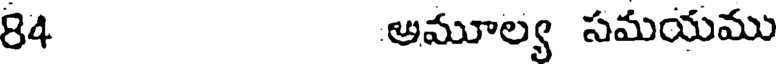
84 అమూల్య సమయము